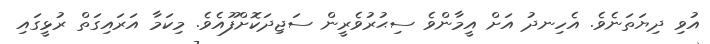
އުވި ދިޔަތަނެވެ. އެހިނދު އަށް އީމާންވެ ސިޙުރުވެރީން ސަޖިދަކޮށްފޫއެވެ. މިކަމާ އަރައިގަތް ރުޅީގައި